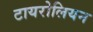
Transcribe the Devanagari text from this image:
टायरोलियन